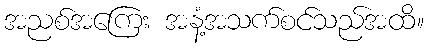
အညစ်အကြေး အနံ့အသက်စင်သည်အထိ။